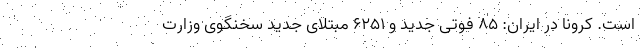
است. کرونا در ایران: ۸۵ فوتی جدید و ۶۲۵۱ مبتلای جدید سخنگوی وزارت